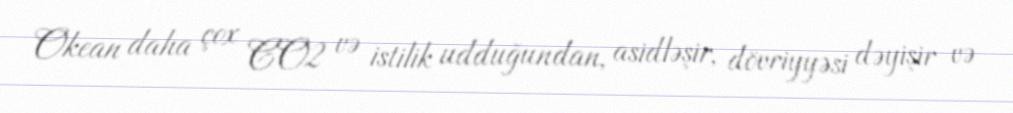
Okean daha çox CO2 və istilik udduğundan, asidləşir, dövriyyəsi dəyişir və